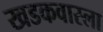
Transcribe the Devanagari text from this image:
खडकवास्ला